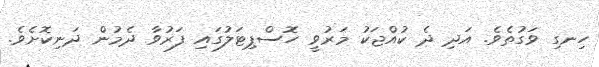
ހިނގި ވަގުތެވެ. އަދި ދެ ކުއްޖަކު މަރުވީ ހޮސްޕިޓަލުގައި ފަރުވާ ދެމުން ދަނިކޮށެވެ.